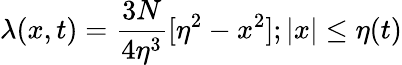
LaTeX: \lambda(x,t)=\frac{3N}{4\eta^{3}}[\eta^{2}-x^{2}];|x|\le\eta(t)